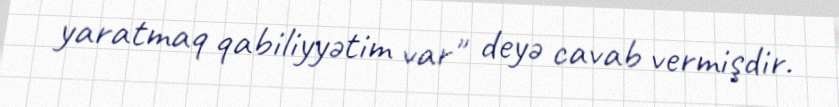
yaratmaq qabiliyyətim var" deyə cavab vermişdir.